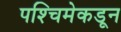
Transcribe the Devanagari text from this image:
पश्‍चिमेकडून